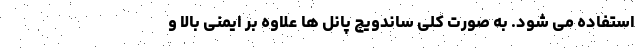
استفاده می شود. به صورت کلی ساندویچ پانل ها علاوه بر ایمنی بالا و